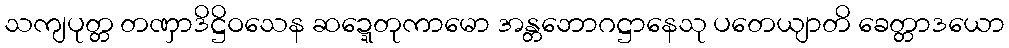
သကျပုတ္တ တဏှာဒိဋ္ဌိဝသေန ဆဍ္ဍေတုကာမော အန္တဘောဂဋ္ဌာနေသု ပတေယျာတိ ခေတ္တာဒယော